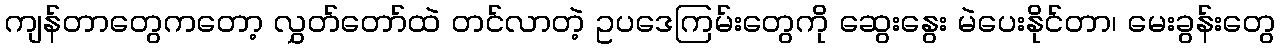
ကျန်တာတွေကတော့ လွှတ်တော်ထဲ တင်လာတဲ့ ဥပဒေကြမ်းတွေကို ဆွေးနွေး မဲပေးနိုင်တာ၊ မေးခွန်းတွေ